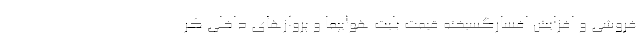
‌فروشی و افزایش افسارگسیخته قیمت بلیت هوایپما و پروازهای داخلی کر